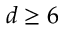
d \ge 6